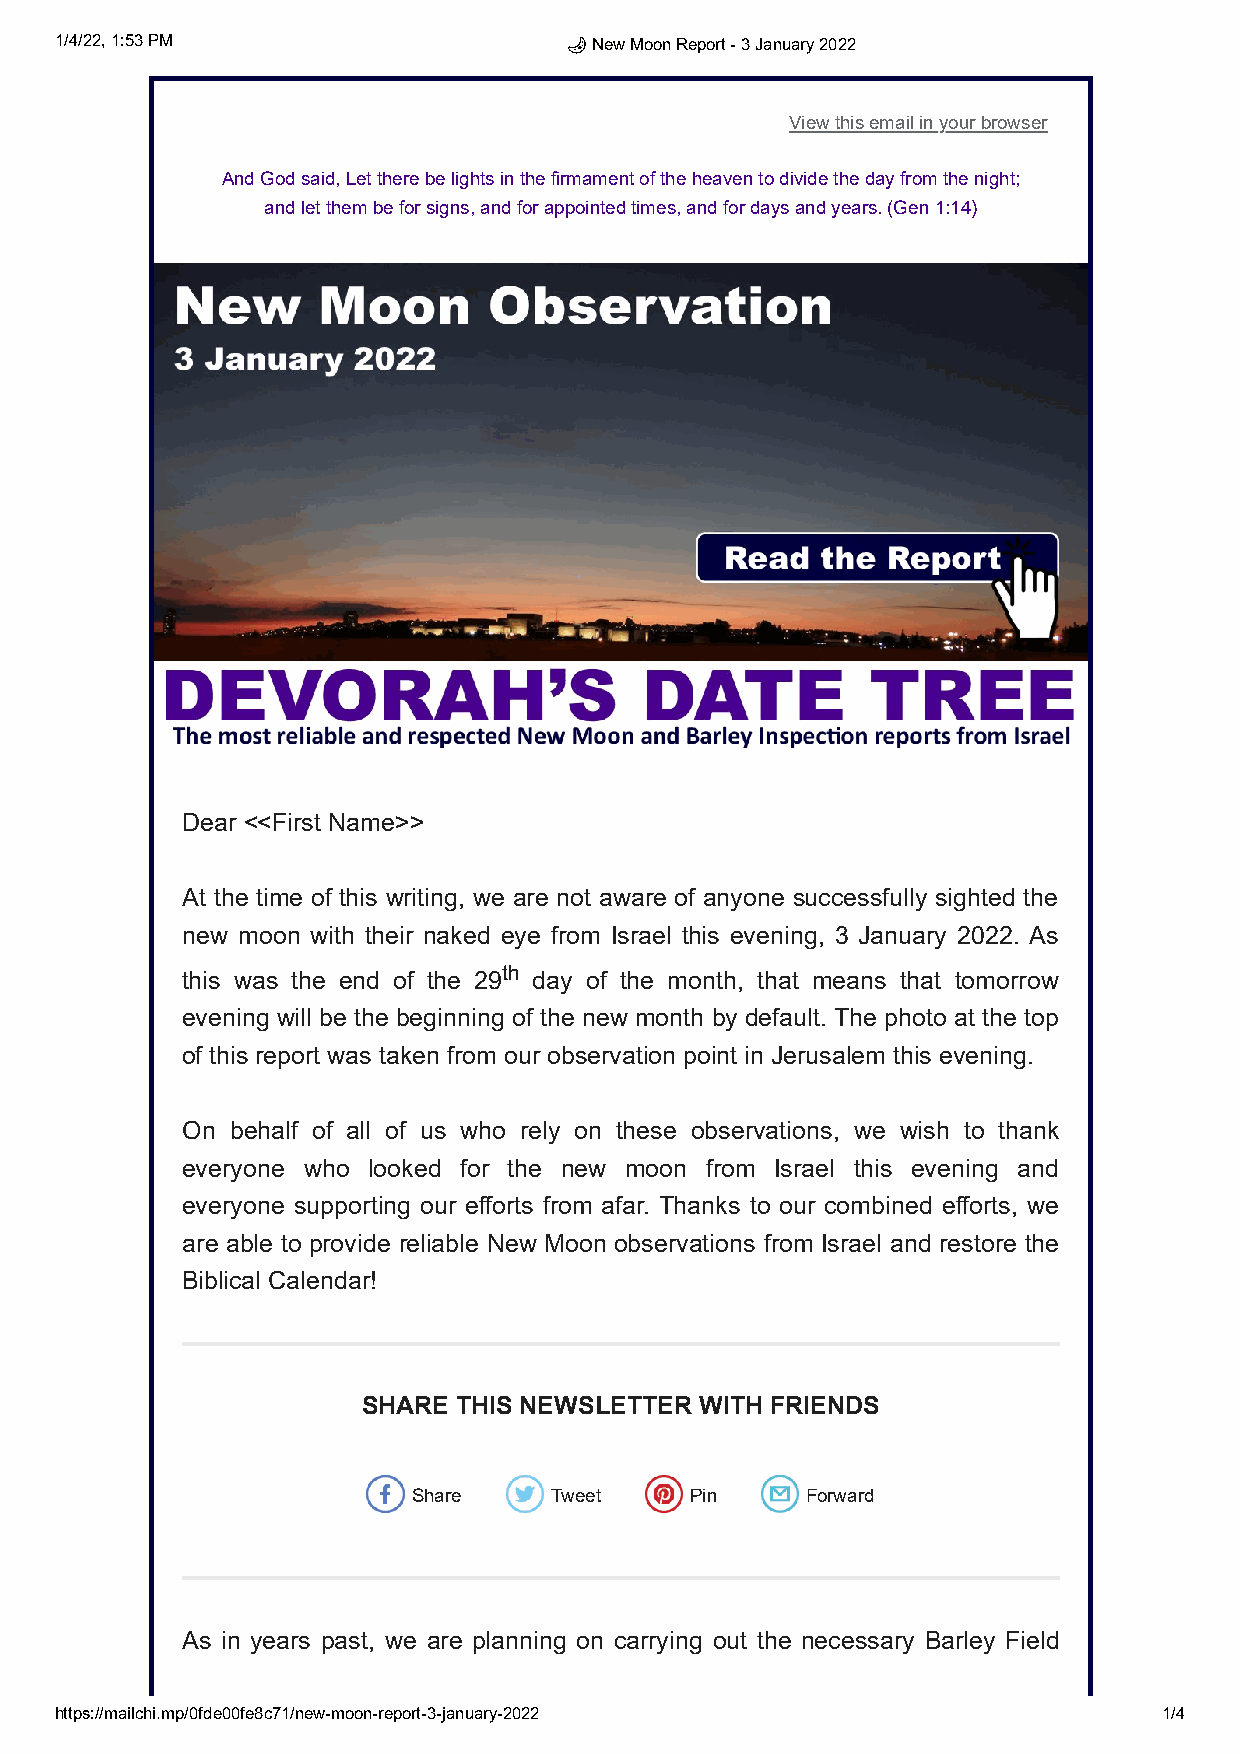
1/4/22, 1:53 PM                  🌙 New Moon Report - 3 January 2022
 View this email in your browser
 And God said, Let there be lights in the firmament of the heaven to divide the day from the night;
 and let them be for signs, and for appointed times, and for days and years. (Gen 1:14)
 Dear <<First Name>>
 At the time of this writing, we are not aware of anyone successfully sighted the
 new moon with their naked eye from Israel this evening, 3 January 2022. As
 this was the end of the 29th day of the month, that means that tomorrow
 evening will be the beginning of the new month by default. The photo at the top
 of this report was taken from our observation point in Jerusalem this evening.
 On behalf of all of us who rely on these observations, we wish to thank
 everyone who looked for the new moon from Israel this evening and
 everyone supporting our efforts from afar. Thanks to our combined efforts, we
 are able to provide reliable New Moon observations from Israel and restore the
 Biblical Calendar!
 SHARE THIS NEWSLETTER WITH FRIENDS
 Share    Tweet     Pin    Forward
 As in years past, we are planning on carrying out the necessary Barley Field
 https://mailchi.mp/0fde00fe8c71/new-moon-report-3-january-2022           1/4